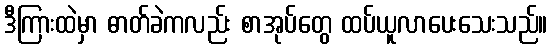
ဒီကြားထဲမှာ ဓာတ်ခဲကလည်း စာအုပ်တွေ ထပ်ယူလာပေးသေးသည်။